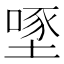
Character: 𡏔